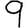
Digit: 9